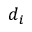
d _ { i }